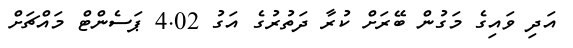
އަދި ވައިގެ މަގުން ބޭރަށް ކުރާ ދަތުރުގެ އަގު 4.02 ޕަސެންޓް މައްޗަށް